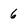
Character: 6